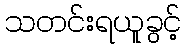
သတင်းရယူခွင့်